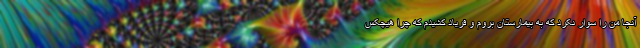
آنجا من را سوار نکرد که به بیمارستان بروم و فریاد کشیدم که چرا هیچکس